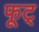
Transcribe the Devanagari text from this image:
फूट्